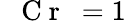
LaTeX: \mathrm{~\textit~{~C~r~}~}=1